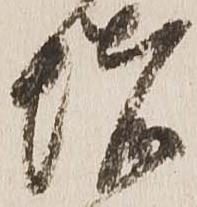
堵